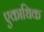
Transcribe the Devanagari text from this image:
एकाधिक